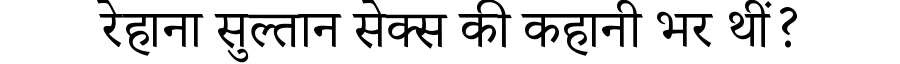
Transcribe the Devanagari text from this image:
रेहाना सुल्तान सेक्स की कहानी भर थीं?